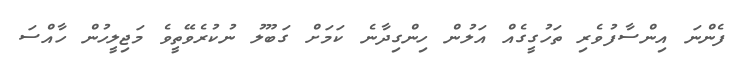
ފެންނަ އިންސާފުވެރި ތަހުގީގެއް އަލުން ހިންގިދާނެ ކަމަށް ގަބޫލު ނުކުރެވޭތީވެ މަޖިލީހުން ހާއްސަ